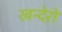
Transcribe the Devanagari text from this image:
खन्देरो